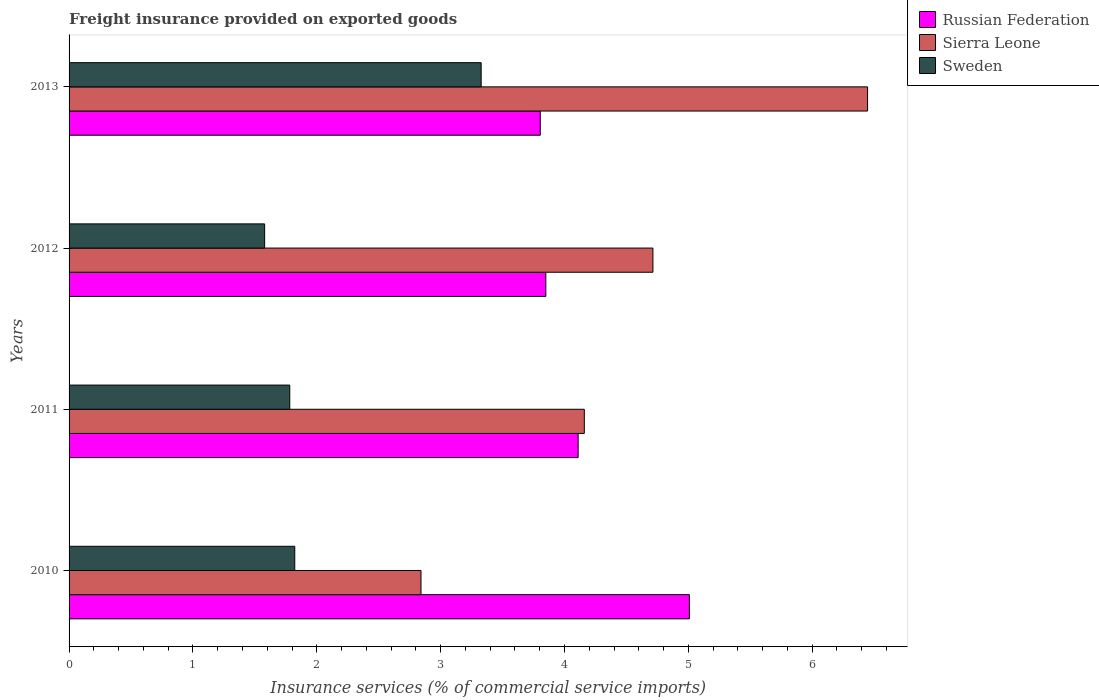
| Years | Russian Federation | Sierra Leone | Sweden |
 | --- | --- | --- | --- |
 | 2010 | 5.01 | 2.84 | 1.82 |
 | 2011 | 4.11 | 4.16 | 1.78 |
 | 2012 | 3.85 | 4.71 | 1.58 |
 | 2013 | 3.8 | 6.45 | 3.33 |